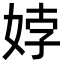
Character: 㛘